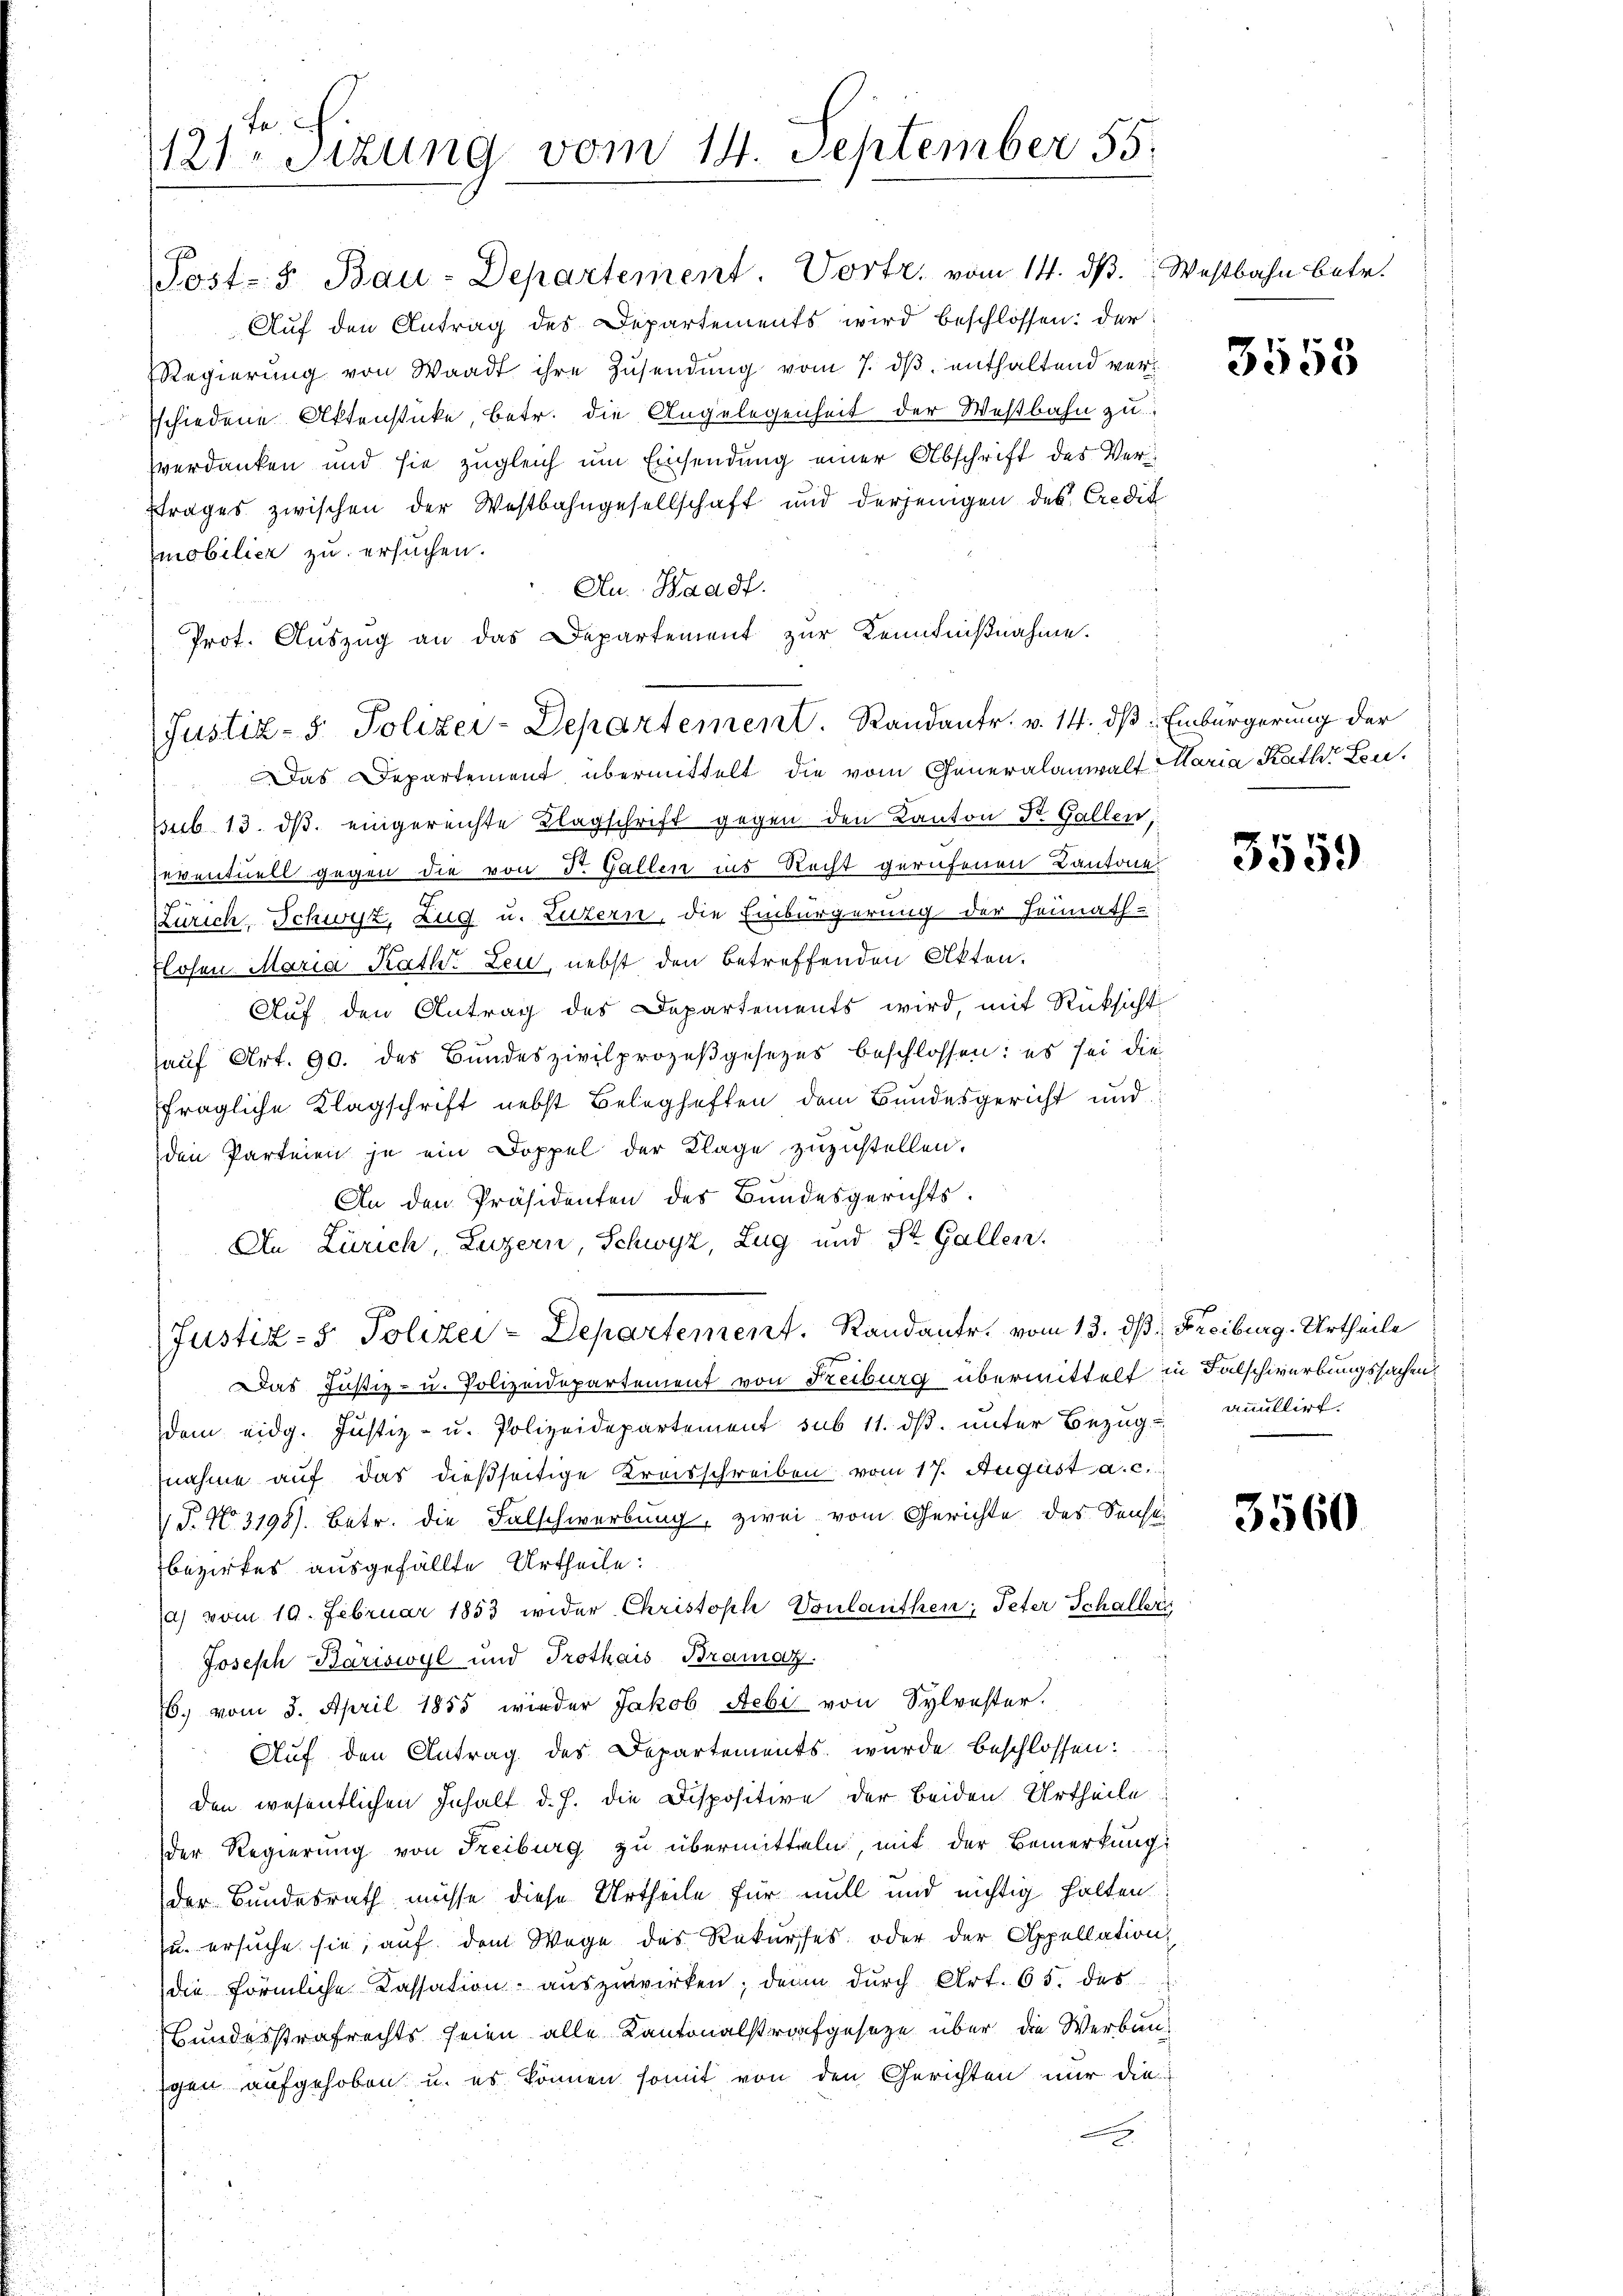
Fa
121. Sitzung vom 14. September 55.

Post- 5. Bau-Departement. Vorte, vom 14. ds. Westbahn betr.
Auf den Antrag des Departements wird beschlossen: der
Regierŭng von Waadt ihre Zŭsendung vom 7. dβ enthaltend verschiedene Aktenstücke, betr. die Angelegenheit der Westbahn zu
sverdanken und sie zugleich um Einsendung einer Abschrift des Verftrages zwischen der Westbahngesellschaft und derjenigen des Credig
mobilier zu ersuchen.
An Waadt.
Prot. Auszug an das Departement zur Kenntnißnahme.
Das Departement übermittelt die vom Generalanwalt Maria Kathr Leusub 13. ds. eingereichte Klagschrift gegen den Kanton Dr. Gallen,
eventuell gegen die von d. Gallen ins Recht gerufenen Cantone
Zürich, Schwyz, Zug u. Luzern, die Einbürgerung der Heimath-
flosen Maria Raths Leu, nebst den betreffenden Akten.
Auf den Antrag des Departements wird, mit Rücksicht
hauf Art. 90. des Bundeszivilprozeßgesezes beschlossen: es sei die
fragliche Klagschrift nebst Beleghaften dem Bundesgericht und
den Parteien je ein Doppel der Klage zuzustellen.
An den Präsidenten des Bundesgerichts.
d
An Zürich, Luzern, Schwyz, Zug und St. Gallen.
(Justiz- & Polizei-Departement. Randante, vom 13. ds Freiburg. Urtheile
Das Justiz- u. Polizeidepartement von Freiburg übermittelt in Falschwerbungssachen
dem eidg. Justiz- u. Polizeidepartement sub 11. dβ. unter Bezug anullirt.
nahme auf das dießseitige Kreisschreiben vom 17. August a. c.
T. No. 3198). Betr. die Falschwerbung, zwei vom Gerichte des Sense
bezirkes ausgefällte Urtheile:
a) vom 19. Februar 1853 wider Christoph Vonlauthen; Peter Schaller
Joseph Bäriswyl und Trothais Bramosz.
6. vom 3. April 1855 wieder Jakob Aebi von Sylvester.
Auf den Antrag des Departements wurde beschlossen:
den wesentlichen Inhalt d. h. die Dispositive der beiden Urtheile
der Regierung von Freiburg zu übermitteln, mit der Bemerkung:
der Bundesrath müsse diese Urtheile für mill und nichtig halten
zu ersuche sie, auf dem Wege des Rekurses oder der Appellation
die förmliche Cassation auszuwirken; denn durch Art. 65. des
Bundesstrafrechts seien alle Kantonalstrafgeseze über die Werbaugen aufgehoben u. es können somit von den Gerichten nur die
g

Justiz- & Polizei-Departement. Randantr. v. 14. ds Einbürgerung der

3555

3559

3560